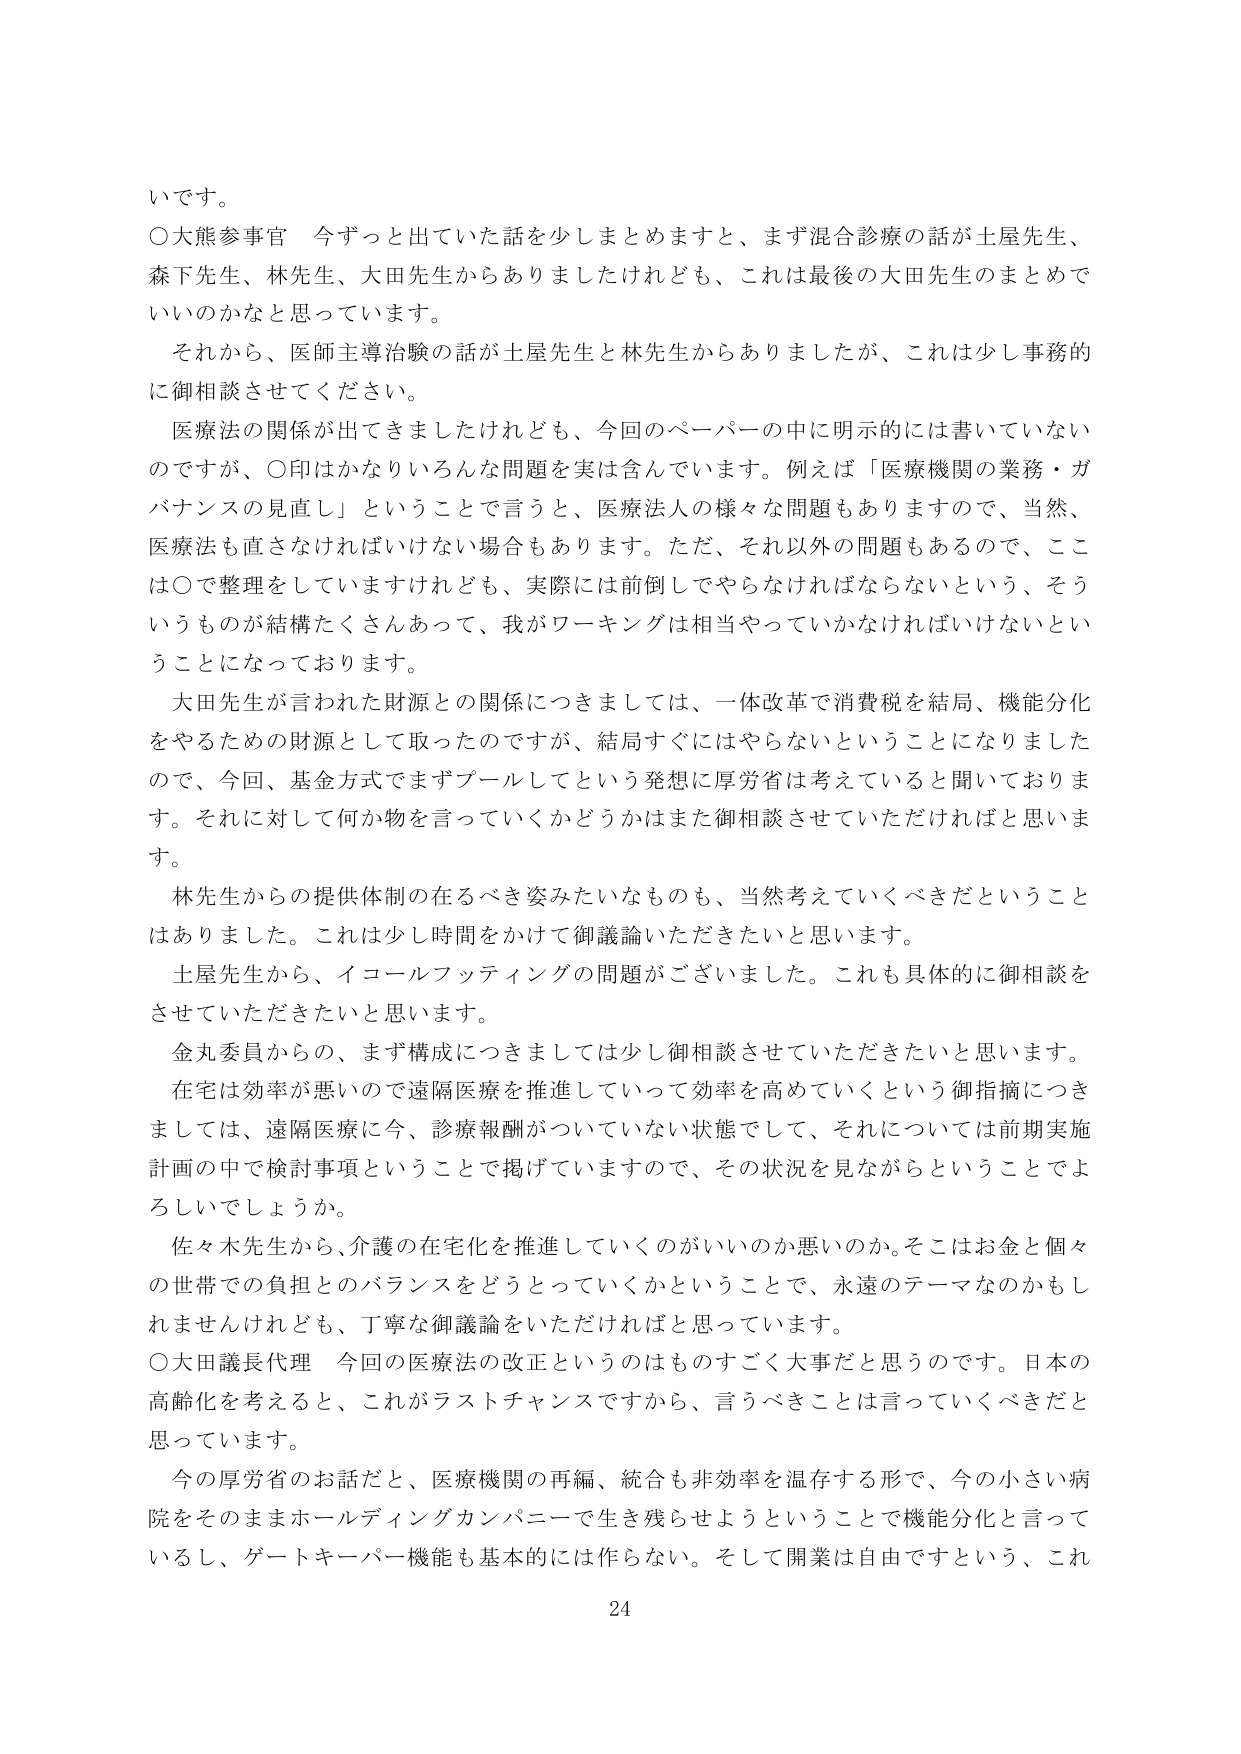
いです。

○大熊参事官　今ずっと出ていた話を少しまとめますと、まず混合診療の話が土屋先生、森下先生、林先生、大田先生からありましたけれども、これは最後の大田先生のまとめでいいのかなと思っています。

それから、医師主導治験の話が土屋先生と林先生からありましたが、これは少し事務的に御相談させてください。

医療法の関係が出てきましたけれども、今回のペーパーの中に明示的には書いていないのですが、○印はかなりいろんな問題を実は含んでいます。例えば「医療機関の業務・ガバナンスの見直し」ということで言うと、医療法人の様々な問題もありますので、当然、医療法も直さなければならない場合もあります。ただ、それ以外の問題もあるので、ここは○で整理していますけれども、実際には前倒しでやらなければならないという、そういうものが結構たくさんあって、我がワーキングは相当やっていかなければならないということになっております。

大田先生が言われた財源との関係につきましては、一体改革で消費税を結局、機能分化をやるための財源として取ったのですが、結局すぐにはやらないということになりましたので、今回、基金方式でまずプールしてという発想に厚労省は考えていると聞いております。それに対して何か物を言っていくかどうかはまた御相談させていただければと思います。

林先生からの提供体制の在るべき姿みたいなものも、当然考えていくべきだということはありました。これは少し時間をかけて御議論いただきたいと思います。

土屋先生から、イコールフッティングの問題がございました。これも具体的に御相談をさせていただきたいと思います。

金丸委員からの、まず構成につきましては少し御相談させていただきたいと思います。在宅は効率が悪いので遠隔医療を推進していって効率を高めていくという御指摘につきましては、遠隔医療に今、診療報酬がついていない状態でして、それについては前期実施計画の中で検討事項ということで掲げていますので、その状況を見ながらということでよろしいでしょうか。

佐々木先生から、介護の在宅化を推進していくのがいいのか悪いのか。そこはお金と個々の世帯での負担とのバランスをどうとっていくかということで、永遠のテーマなのかもしれませんが、丁寧な御議論をいただければと思っています。

○大田議長代理　今回の医療法の改正というのはものすごく大事だと思うのです。日本の高齢化を考えると、これがラストチャンスですから、言うべきことは言っていくべきだと思っています。

今の厚労省のお話だと、医療機関の再編、統合も非効率を温存する形で、今の小さい病院をそのままホールディングカンパニーで生き残らせようということで機能分化と言っているし、ゲートキーパー機能も基本的には作らない。そして開業は自由ですという、これ

24